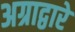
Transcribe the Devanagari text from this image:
अग्राद्वारे